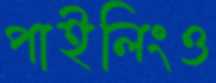
পাইলিংও